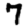
Digit: 7